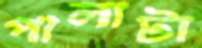
পালাটা